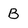
Character: B